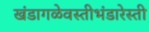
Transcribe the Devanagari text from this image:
खंडागळेवस्तीभंडारेस्ती